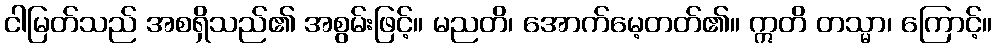
ငါမြတ်သည် အစရှိသည်၏ အစွမ်းဖြင့်။ မညတိ၊ အောက်မေ့တတ်၏။ ဣတိ တသ္မာ၊ ကြောင့်။